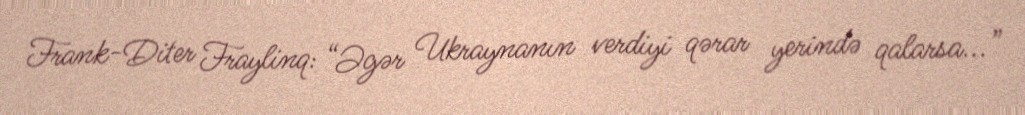
Frank-Diter Fraylinq: “Əgər Ukraynanın verdiyi qərar yerində qalarsa...”